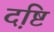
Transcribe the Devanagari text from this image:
द़ष्टि